Civil Veterinary Dept. Bombay admin report 1900-1906 - 1900-1906
Year: 1900
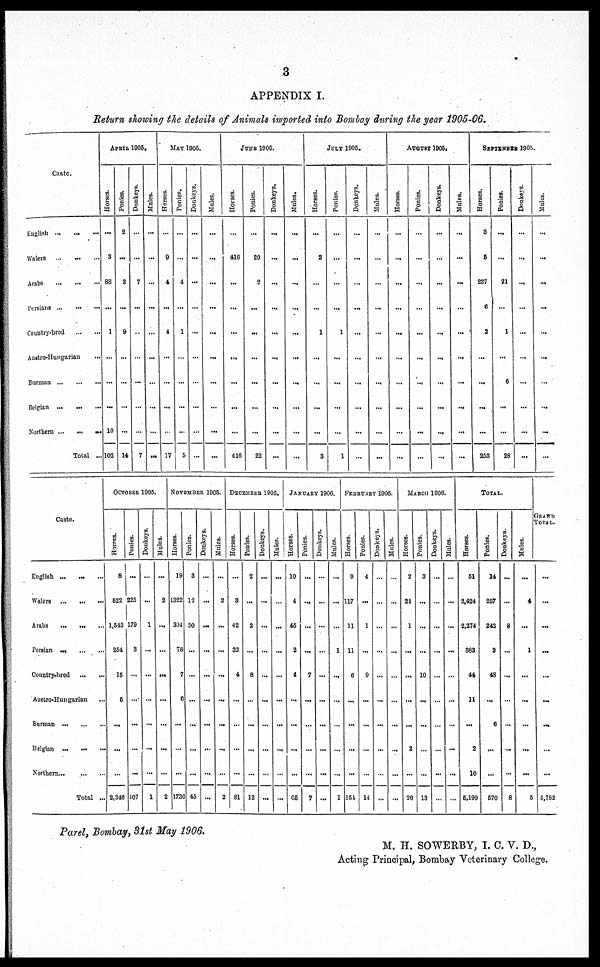
3
APPENDIX I.
Return showing the details of Animals imported into Bombay during the year 1905-06.
Caste.
English ... ... ...
Walers ... ... ...
Arabs ... ... ...
Persians ... ... ...
Country-bred ... ...
Austro-Hungarian ...
Burman ... ... ...
Belgian ... ... ...
Northern ... ... ...
Total ...
APRIL 1905.
Horses.
...
8
88
...
1
...
...
...
10
102
Ponies.
2
...
3
...
9
...
...
...
...
14
Donkeys.
...
...
7
...
...
...
...
...
...
7
Mules.
...
...
...
...
...
...
...
...
...
...
MAY 1905.
Horses.
...
9
4
...
4
...
...
...
...
17
Ponies.
...
...
4
...
1
...
...
...
...
5
Donkeys.
...
...
...
...
...
...
...
...
...
...
Mules.
...
...
...
...
...
...
...
...
...
...
JUNE
1905.
Horses.
...
416
...
...
...
...
...
...
...
410
Ponies.
...
20
2
...
...
...
...
...
...
22
Donkeys.
...
...
...
...
...
...
...
...
...
...
Mules.
...
...
...
...
...
...
...
...
...
...
JULY
1905.
Horses.
...
2
...
...
1
...
...
...
...
3
Ponies.
...
...
...
...
1
...
...
...
...
1
Donkeys.
...
...
...
...
...
...
...
...
...
...
Mules.
...
...
...
...
...
...
...
...
...
...
AUGUST 1905.
Horses.
...
...
...
...
...
...
...
...
...
Ponies.
...
...
...
...
...
...
...
...
...
Donkeys.
...
...
...
...
...
...
...
...
...
...
Mules.
...
...
...
...
...
...
...
...
...
...
SEPTEMBER 1905.
Horses.
3
6
237
6
2
...
...
...
...
253
Ponies.
...
...
21
...
1
...
6
...
...
28
Donkeys.
...
...
...
...
...
...
...
...
...
...
Mules.
...
...
...
...
...
...
...
...
...
...
Caste.
English ... ... ...
Walers ... ... ...
Arabs ... ... ...
Persian ... ... ...
Country-bred ... ...
Austro-Hungarian ...
Burman ... ... ...
Belgian ... ... ...
Northern ... ... ...
Total ...
OCTOBER 1905
Horses.
8
522
1,542
254
15
6
...
...
...
2,346
Ponies.
...
225
179
3
...
...
...
...
...
107
Donkeys.
...
...
1
...
...
...
...
...
...
1
Mules.
...
2
...
...
...
...
...
...
...
2
NOVEMBER 1905.
Horses.
19
1322
304
78
7
6
...
...
...
1736
Ponies.
3
12
30
...
...
...
...
...
...
45
Donkeys.
...
...
...
...
...
...
...
...
...
...
Mules.
...
2
...
...
...
...
...
...
...
2
DECEMBER 1905.
Horses.
...
3
42
32
4
...
...
...
...
81
Ponies.
2
...
2
...
8
...
...
...
...
12
Donkeys.
...
...
...
...
...
...
...
...
...
...
Mules.
...
...
...
...
...
...
...
...
...
...
JANUARY 1906.
Horses.
10
4
45
2
4
...
...
...
...
65
Ponies.
...
...
...
...
7
...
...
...
...
7
Donkeys.
...
...
...
...
...
...
...
...
...
...
Mules.
...
...
...
1
...
...
...
...
...
1
FEBRUARY 1906.
Horses.
9
117
11
11
6
...
...
...
...
154
Ponies.
4
...
1
...
9
...
...
...
...
14
Donkeys.
...
...
...
...
...
...
...
...
...
...
Mules.
...
...
...
...
...
...
...
...
...
...
MARCH 1906.
Horses.
2
21
1
...
...
...
...
2
...
26
Ponies.
3
...
...
...
10
...
...
...
...
13
Donkeys.
...
...
...
...
...
...
...
...
...
...
Mules.
...
...
...
...
...
...
...
...
...
...
Horses.
51
2,424
2,274
383
44
11
...
2
10
5,199
TOTAL.
Ponies.
14
257
242
3
48
...
6
...
...
570
Donkeys.
...
...
8
...
...
...
...
...
...
8
Mules.
...
4
...
...
...
...
...
...
...
...
TOTAL.
...
...
...
...
...
...
...
...
...
5 5,782
Parel, Bombay, 31st May 1906.
M. H. SOWERBY, I. C. V. D.,
Acting Principal, Bombay Veterinary College.